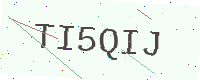
Text: TI5QIJ